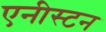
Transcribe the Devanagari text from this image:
एनीस्टन